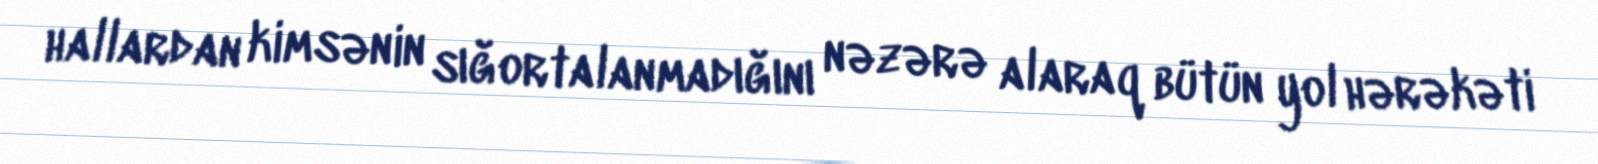
hallardan kimsənin sığortalanmadığını nəzərə alaraq bütün yol hərəkəti